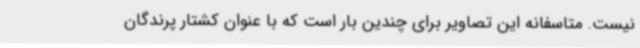
نیست. متاسفانه این تصاویر برای چندین بار است که با عنوان کشتار پرندگان